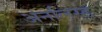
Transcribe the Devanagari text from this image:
अनलिस्ड